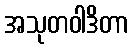
အသုတဝါဒိတာ